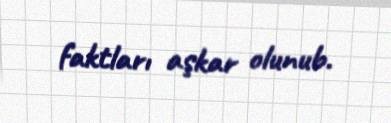
faktları aşkar olunub.